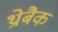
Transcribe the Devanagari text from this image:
थ्रोबैक